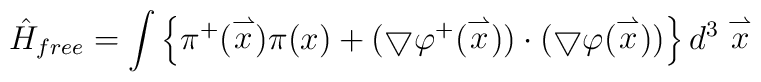
\hat H_{free}=\int\left\{	\pi^+(\stackrel{\rightharpoonup}{x})	\pi(x)+	(\bigtriangledown\varphi^+(\stackrel{\rightharpoonup}{x}))\cdot	(\bigtriangledown\varphi(\stackrel{\rightharpoonup}{x}))\right\}	d^3\stackrel{\rightharpoonup}{x}